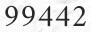
99442